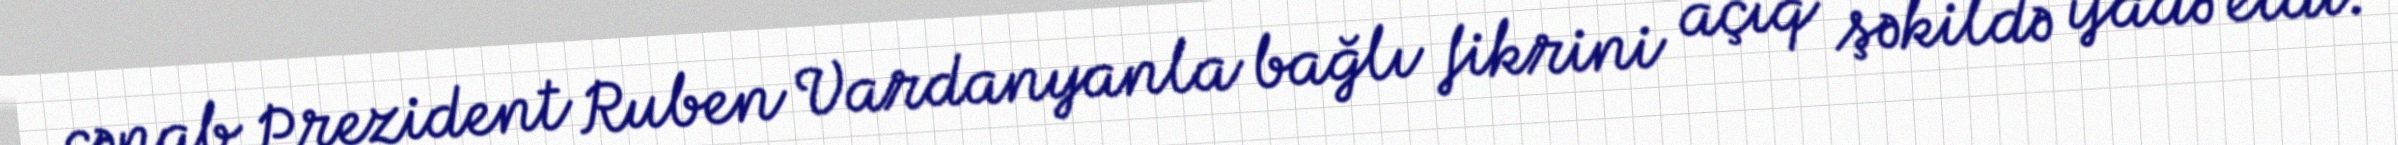
cənab Prezident Ruben Vardanyanla bağlı fikrini açıq şəkildə ifadə etdi.